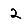
Digit: 2